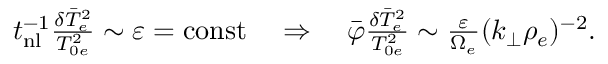
\begin{array} { r } { t _ { \mathrm { n l } } ^ { - 1 } \frac { \delta \bar { T } _ { e } ^ { 2 } } { T _ { 0 e } ^ { 2 } } \sim \varepsilon = \mathrm { c o n s t } \quad \Rightarrow \quad \bar { \varphi } \frac { \delta \bar { T } _ { e } ^ { 2 } } { T _ { 0 e } ^ { 2 } } \sim \frac { \varepsilon } { \Omega _ { e } } ( k _ { \perp } \rho _ { e } ) ^ { - 2 } . } \end{array}